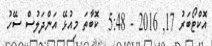
އޮކްޓޯބަރު 17